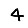
Digit: 4